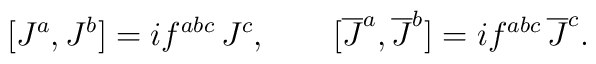
[J^a,J^b]=if^{abc}\,J^c,\qquad[\overline{J}^a,\overline{J}^b]=if^{abc}\,\overline{J}^c.